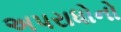
અપરાધોનો